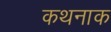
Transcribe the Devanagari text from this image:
कथनाक